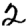
Digit: 2